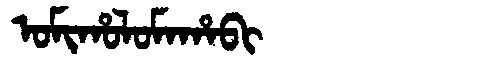
Manchu: ᠣᠮᡳᡥᠣᠯᠣᠮᠠᡥᠠᠪᡳ
Romanization: OMIHOLOMAHABI